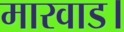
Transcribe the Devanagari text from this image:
मारवाड।